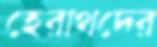
হেরাথদের